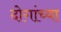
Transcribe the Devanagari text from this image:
दोगांच्या